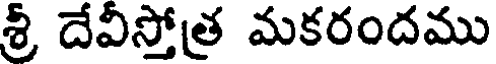
శ్రీ దేవీస్తోత్ర మకరందము